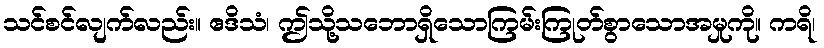
သင်စင်လျက်လည်း။ ဧဒိသံ၊ ဤသို့သဘောရှိသောကြမ်းကြုတ်စွာသောအမှုကို။ ကရိ၊